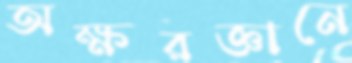
অক্ষরজ্ঞানে